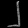
Digit: ၂